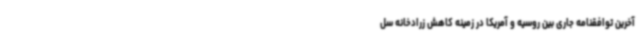
آخرین توافقنامه جاری بین روسیه و آمریکا در زمینه کاهش زرادخانه سل